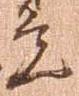
覚